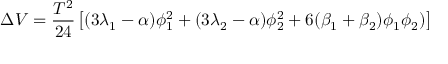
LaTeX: \Delta V = { \frac { T ^ { 2 } } { 2 4 } } \left[ ( 3 \lambda _ { 1 } - \alpha ) \phi _ { 1 } ^ { 2 } + ( 3 \lambda _ { 2 } - \alpha ) \phi _ { 2 } ^ { 2 } + 6 ( \beta _ { 1 } + \beta _ { 2 } ) \phi _ { 1 } \phi _ { 2 } ) \right]